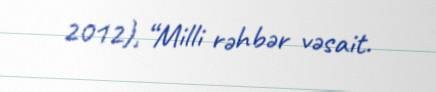
2012), “Milli rəhbər vəsait.